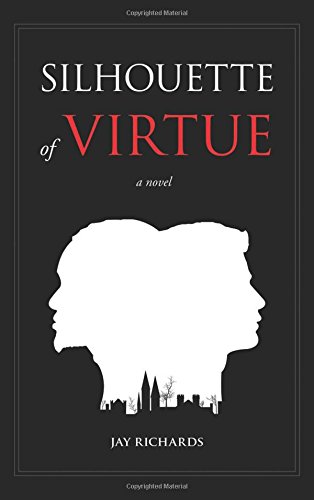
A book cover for Silhouette of Virtue: A Novel; Jay Richards; Mystery, Thriller & Suspense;